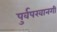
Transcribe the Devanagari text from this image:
पुर्वपरवानगी